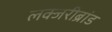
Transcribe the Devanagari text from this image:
लक्जरीब्रांड